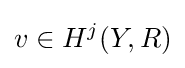
v\in H^{j}(Y,R)